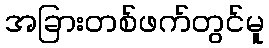
အခြားတစ်ဖက်တွင်မူ